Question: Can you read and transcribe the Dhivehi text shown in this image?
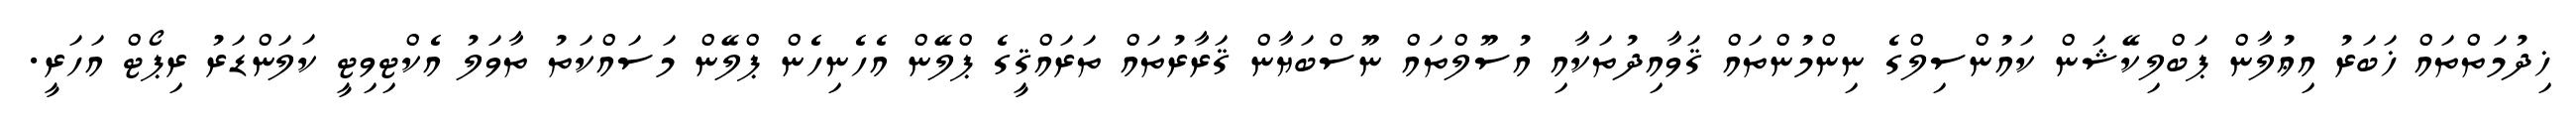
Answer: ޚިދުމަތްތައް ޚަބަރު އިޢުލާން ޕަބްލިކޭޝަން ކައުންސިލްގެ ނިންމުންތައް ޤަވާއިދުތަކާއި އުސޫލްތައް ނޫސްބަޔާން ޤަރާރުތައް ތަރައްޤީގެ ޕްލޭން އެހެނިހެން ޕްލޭން މަސައްކަތު ތާވަލު އެކްޓިވިޓީ ކަލަންޑަރު ރިޕޯޓް އަހަރީ.